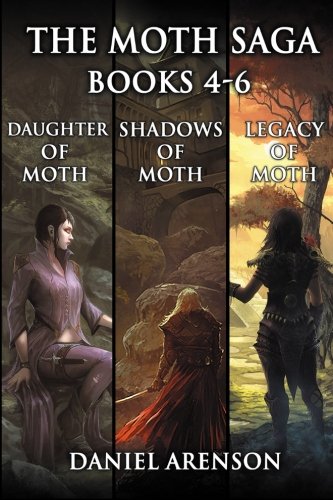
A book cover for The Moth Saga: Books 4-6; Daniel Arenson; Science Fiction & Fantasy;